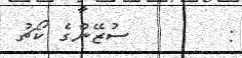
:        ސުޒޭންގެ ކޯޗު